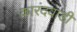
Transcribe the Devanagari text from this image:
कारंदवाडी